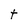
Character: t